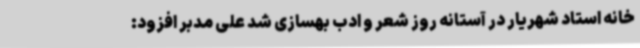
خانه استاد شهریار در آستانه روز شعر و ادب بهسازی شد علی مدبر افزود: